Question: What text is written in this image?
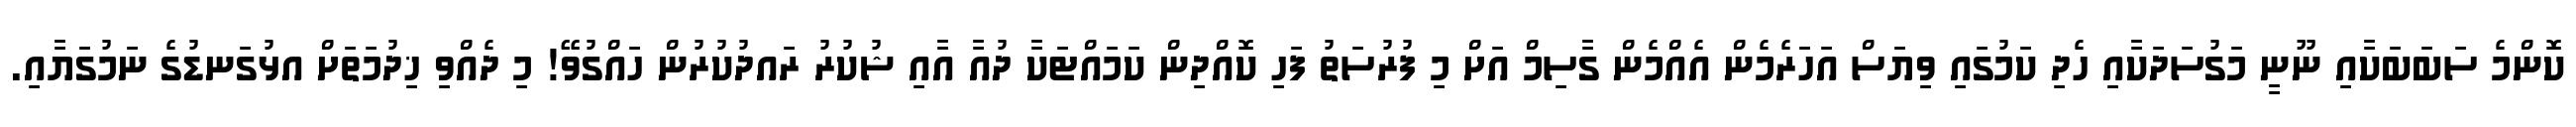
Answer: ކޮންމެ ސަބަބަކާއި ނޫނީ މަގުސަދަކާއި ހެދި ކަމުގައި ވިޔަސް އަހަރެމެން އެއްމެން ގާސިމް އަށް މި ފުރުސަތު ފަހި ކޮއްދިން ކަމައްޓަކާ ދުއާ އާއި ޝުކުރު ރައދުކުރުން ހައްގުވޭ! މި ދެއްވި ޚިދުމަތަށް އޅުގަނޑުގެ ނަމުގަޔާއި.